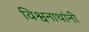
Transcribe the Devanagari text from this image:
विश्वनाथांनी